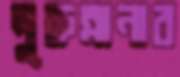
নুরুন্নানার